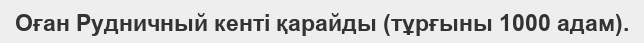
Оған Рудничный кенті қарайды (тұрғыны 1000 адам).